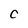
Character: C